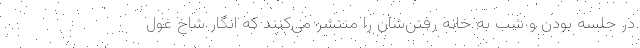
در جلسه بودن و شب به خانه رفتن‌شان را منتشر می‌کنند که انگار شاخ غول